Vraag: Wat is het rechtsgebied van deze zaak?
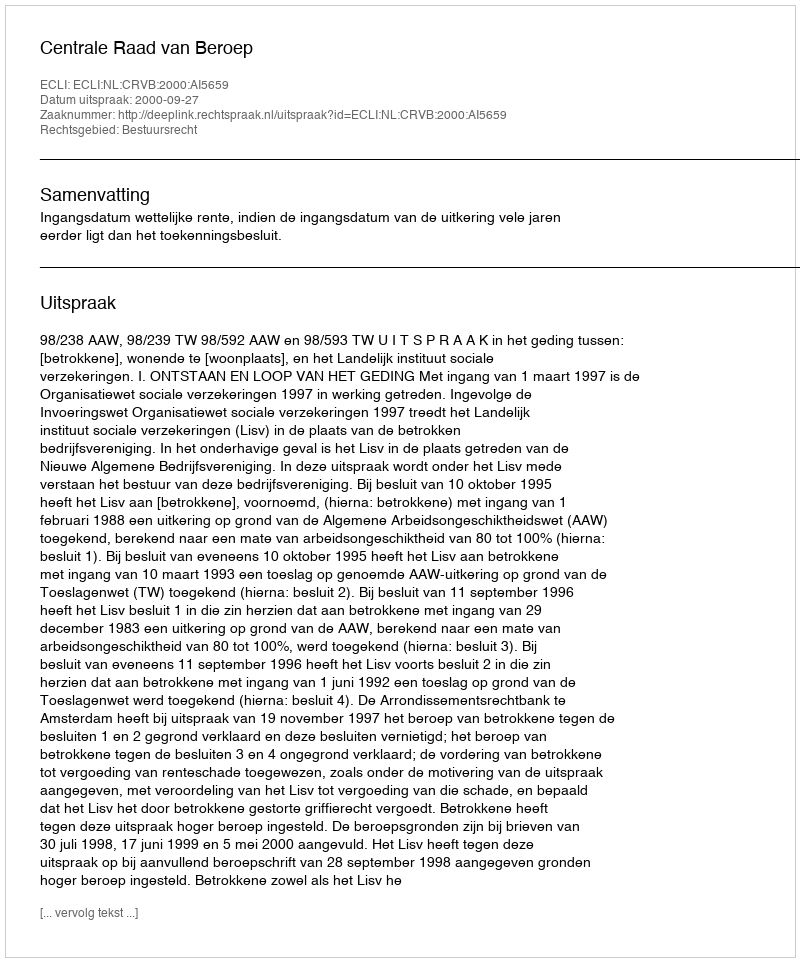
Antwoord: Bestuursrecht